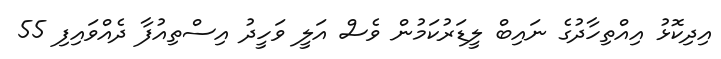
އިދިކޮޅު އިއްތިހާދުގެ ނައިބް ލީޑަރުކަމުން ވެސް އަލީ ވަހީދު އިސްތިއުފާ ދެއްވައިފި 55